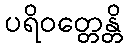
ပရိဝတ္တေန္တိ